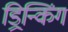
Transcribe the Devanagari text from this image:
ड्रिन्किंग